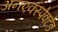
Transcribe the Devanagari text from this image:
अनएक्स्पेक्टेड